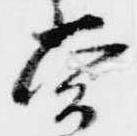
常